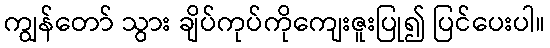
ကျွန်တော် သွား ချိပ်ကုပ်ကိုကျေးဇူးပြု၍ ပြင်ပေးပါ။